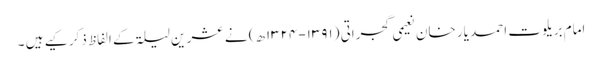
امام بریلوت احمد یار خان نعیمی گجراتی (۱۳۹۱-۱۳۲۴ھ) نے عشر ین لیلۃ کے الفاظ ذکر کیے ہیں ۔